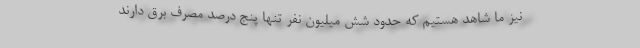
نیز ما شاهد هستیم که حدود شش میلیون نفر تنها پنج درصد مصرف برق دارند